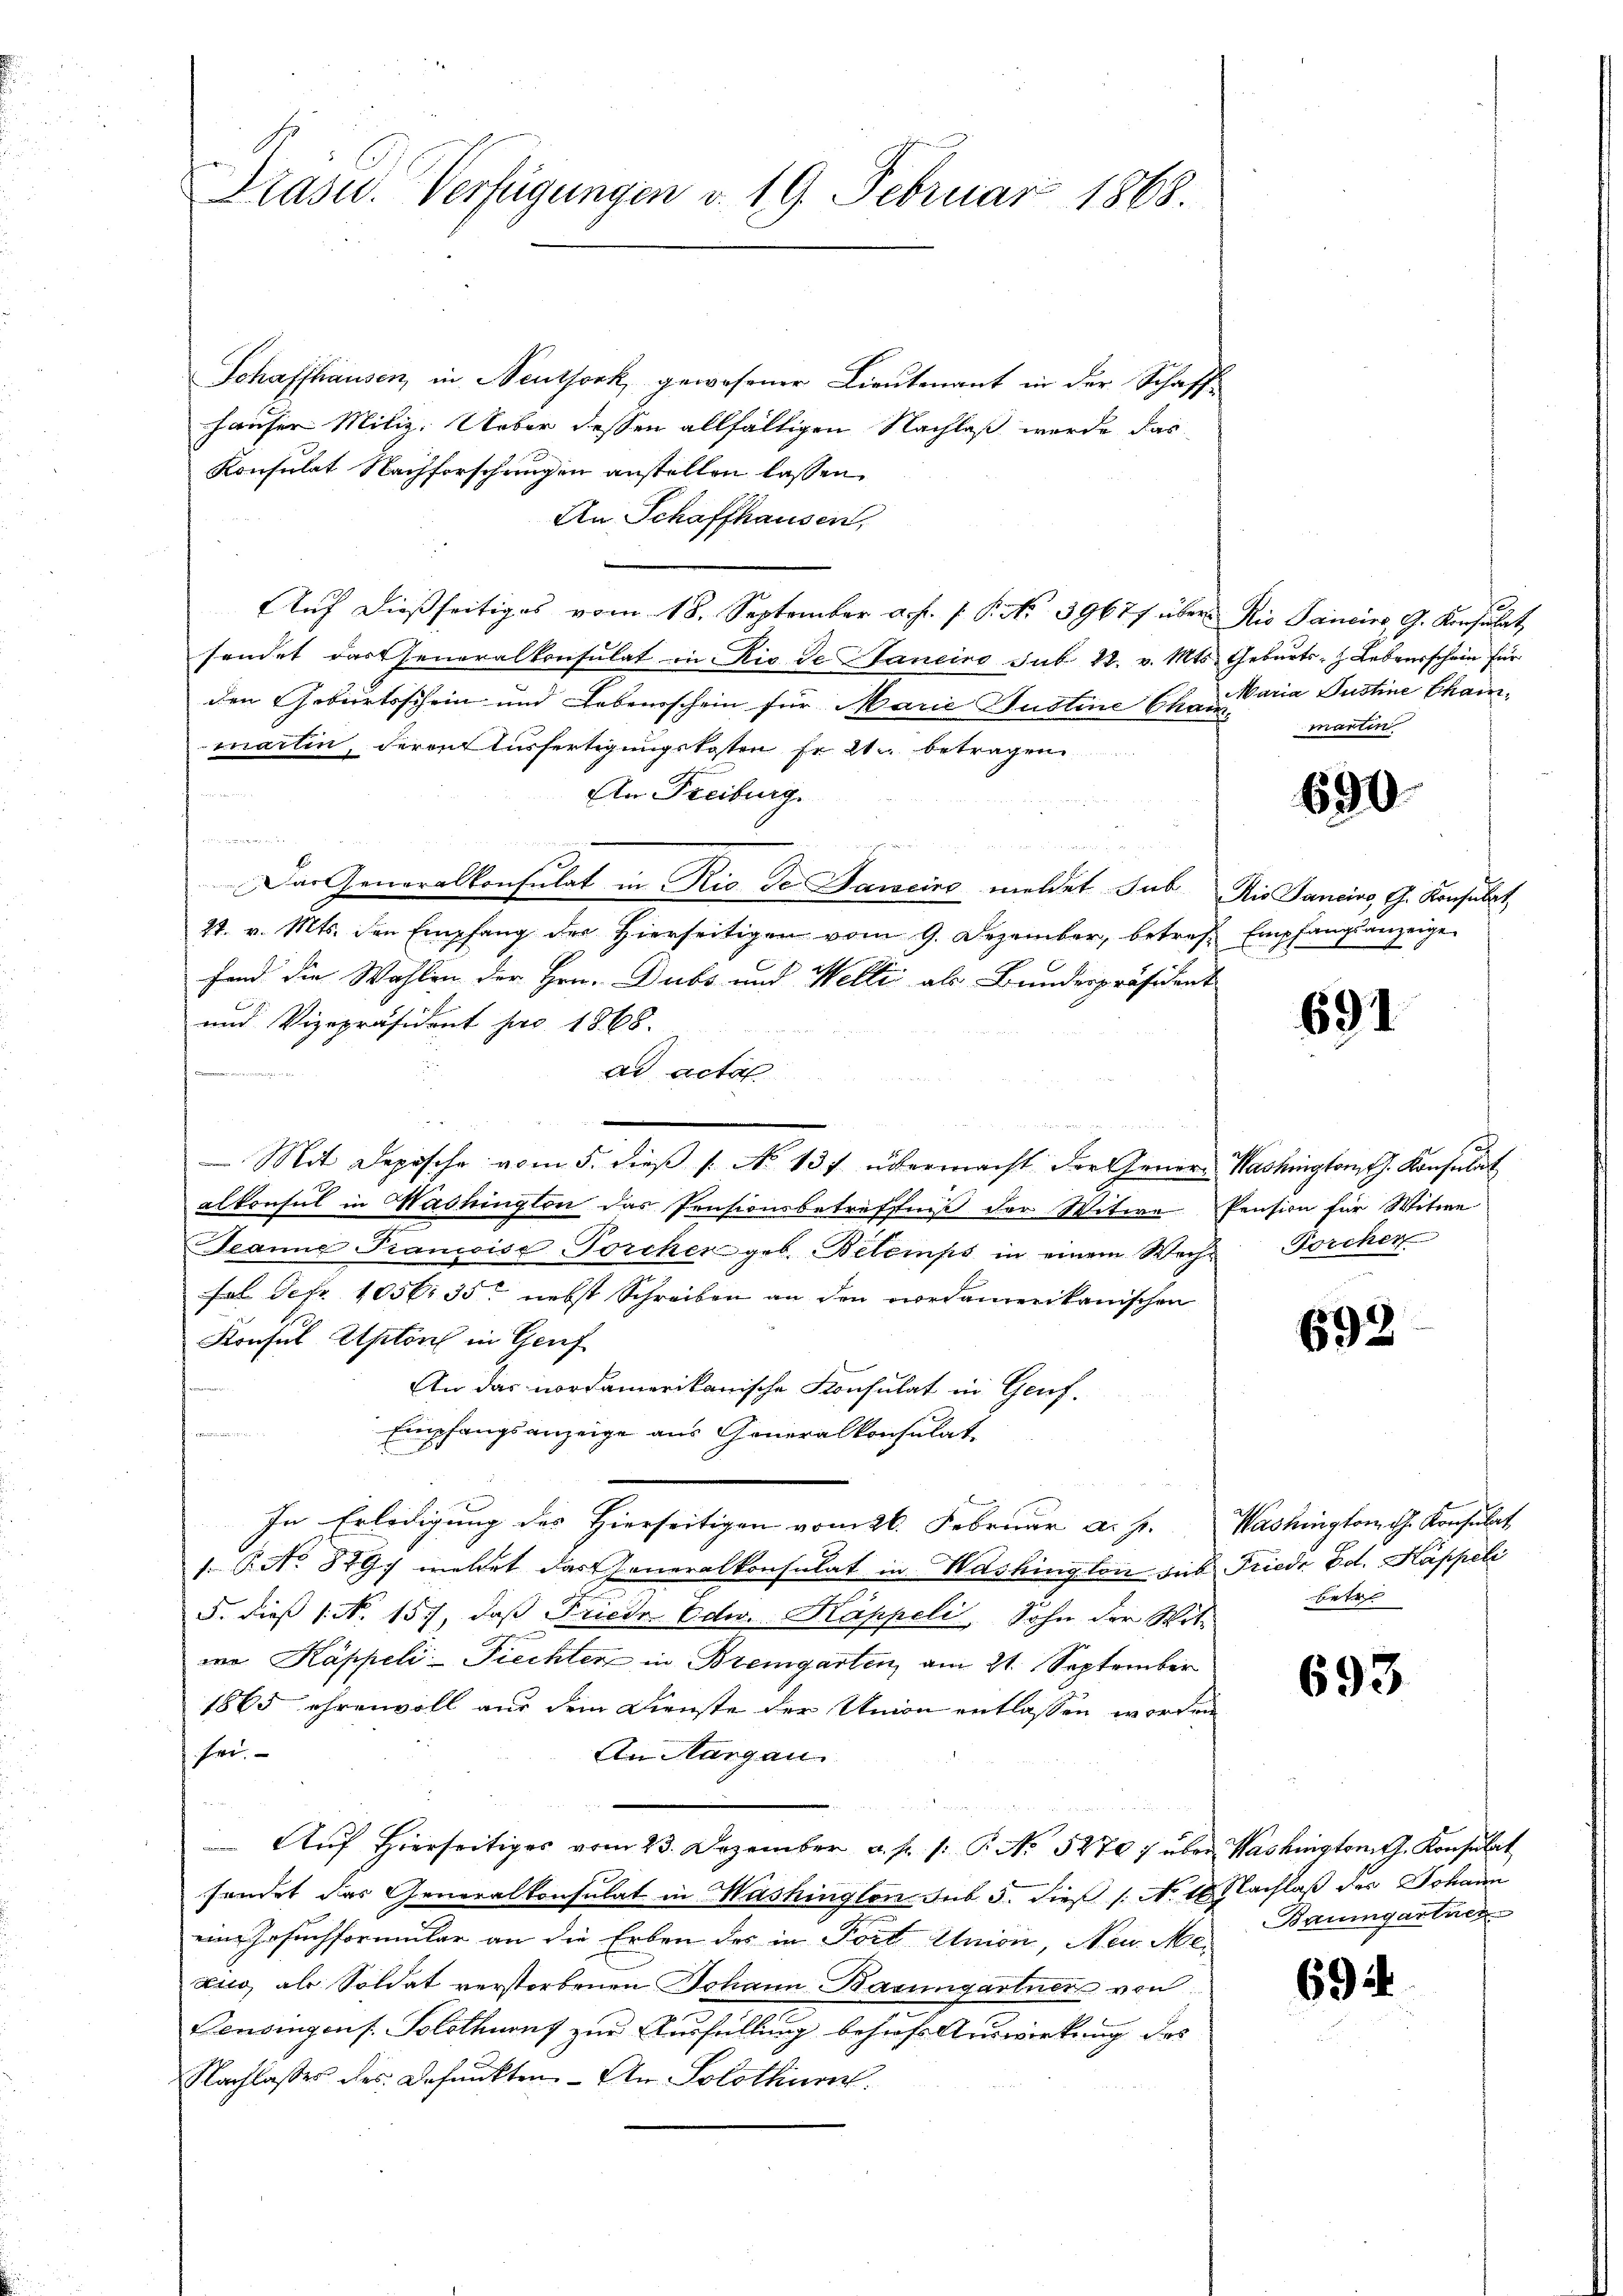
Schaffhausen, in Neuthork, gewesener Lieutenant in der Schaff¬
Hauser Miliz. Ueber dessen allfältigen Nachlaß wurde das
Konsulat Nachforschungen anstellen lassen.
An Schaffhausen,
Auf dießseitiges vom 18. September a. p. 1 Pkt. 3967/ über Rio Sancirs, G. Konsulat,
sendet das Generalkonsulat in Rio de Janeiro sub 28. v. Mts. Geburts- & Lebensschein für
den Geburtsschein und Lebensschein für Marie Justine Cham martin
martin, deren Ausfertigungskosten Er er betragen
An Freiburg.
an
Das Generalkonsulat in Rio de Janeiro meldet sub Rio Sancino, G. Konsulat
27. v. Mts. den Empfang der hierseitigen vom 9. Dezember, betreff Empfangsanzeige
sind die Wahlen der Hrn. Dubs und Welti als Bundespräsident
und Vizepräsident pro 1868.

ad acta
n
alkonsul in Washington das Pensionsbetreffniß der Witwe Pension für Witwe
Jeanne Prancoise Forcher geb. Betemps in einem Wechs Forchen
fal der 1056. 35. nebst Schreiben an den vordamerikanischen
Konsul Apton in Genf
An das nordamerikanische Konsulat in Genf.
Empfangsanzeige aus Generalkonsulat
In Erledigung des Hierseitigen vom 26. Februar a. p. Washington G. Konsulat
1. P. No 879 meldet das Generalkonsulat in Washington sub Friedr Ed. Kappeli
5. dieß 1. No. 157, daß Friedr Odw. Kappeli, Sohn der Wit-
wo Kappeli-Piechter in Bremgarten, am 21. September
1865 ehrenvoll aus dem Dienste der Union entlassen worden
sei.
An Aargau
Aŭf Hierseitiges vom 23. Dezember a. p. 1. P. No. 5270) über Washington J. Konsulat
sendet das Generalkonsulat in Mashington sub. 5. dieß (No. 18. Nachlaß des Johann
ein Gesuchformular an die Erben des in Fort Union, Neu Mezug, als Soldat verstorbenen Johann Basungartner von
Consingens. Solothurn zur Ausfüllung behufs Auswirkung des
Nachlasses des Befunkten. - An Solothurn

Präsid. Verfügungen v. 19. Februar 1868.

Mit Depische vom 5. dieß (: No 137 übermacht. Der Gener Washington G. Konsulat

Maria Justine Cham

690.

691

692

betr

693

Baumgartner

69